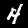
Digit: 4